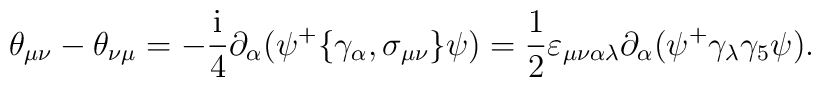
\theta _{\mu \nu }-\theta _{\nu \mu }=-\frac{{\rm i}}4\partial _\alpha (\psi^{+}\{\gamma _\alpha ,\sigma _{\mu \nu }\}\psi )=\frac 12\varepsilon _{\mu\nu \alpha \lambda }\partial _\alpha (\psi ^{+}\gamma _\lambda \gamma _5\psi).